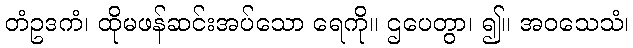
တံဥဒကံ၊ ထိုမဖန်ဆင်းအပ်သော ရေကို။ ဌပေတွာ၊ ၍။ အဝသေသံ၊